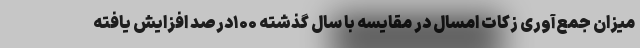
میزان جمع‌آوری زکات امسال در مقایسه با سال گذشته ۱۰۰درصد افزایش یافته